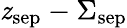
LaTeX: \mathit{z}_{\textrm{{sep}}}-\Sigma_{\textrm{{sep}}}